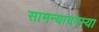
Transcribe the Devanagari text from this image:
सामन्यादरम्या